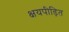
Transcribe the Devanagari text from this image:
क्षयपीड़ित